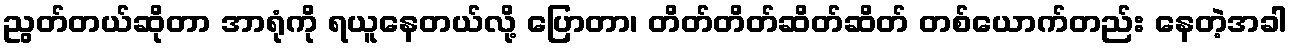
ညွတ်တယ်ဆိုတာ အာရုံကို ရယူနေတယ်လို့ ပြောတာ၊ တိတ်တိတ်ဆိတ်ဆိတ် တစ်ယောက်တည်း နေတဲ့အခါ